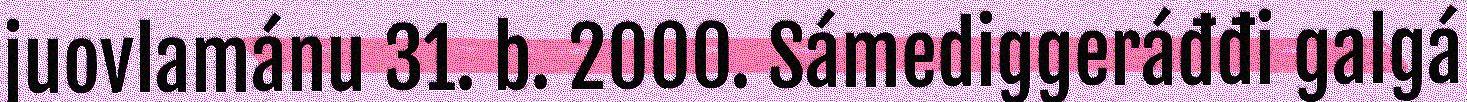
juovlamánu 31. b. 2000. Sámediggeráđđi galgá